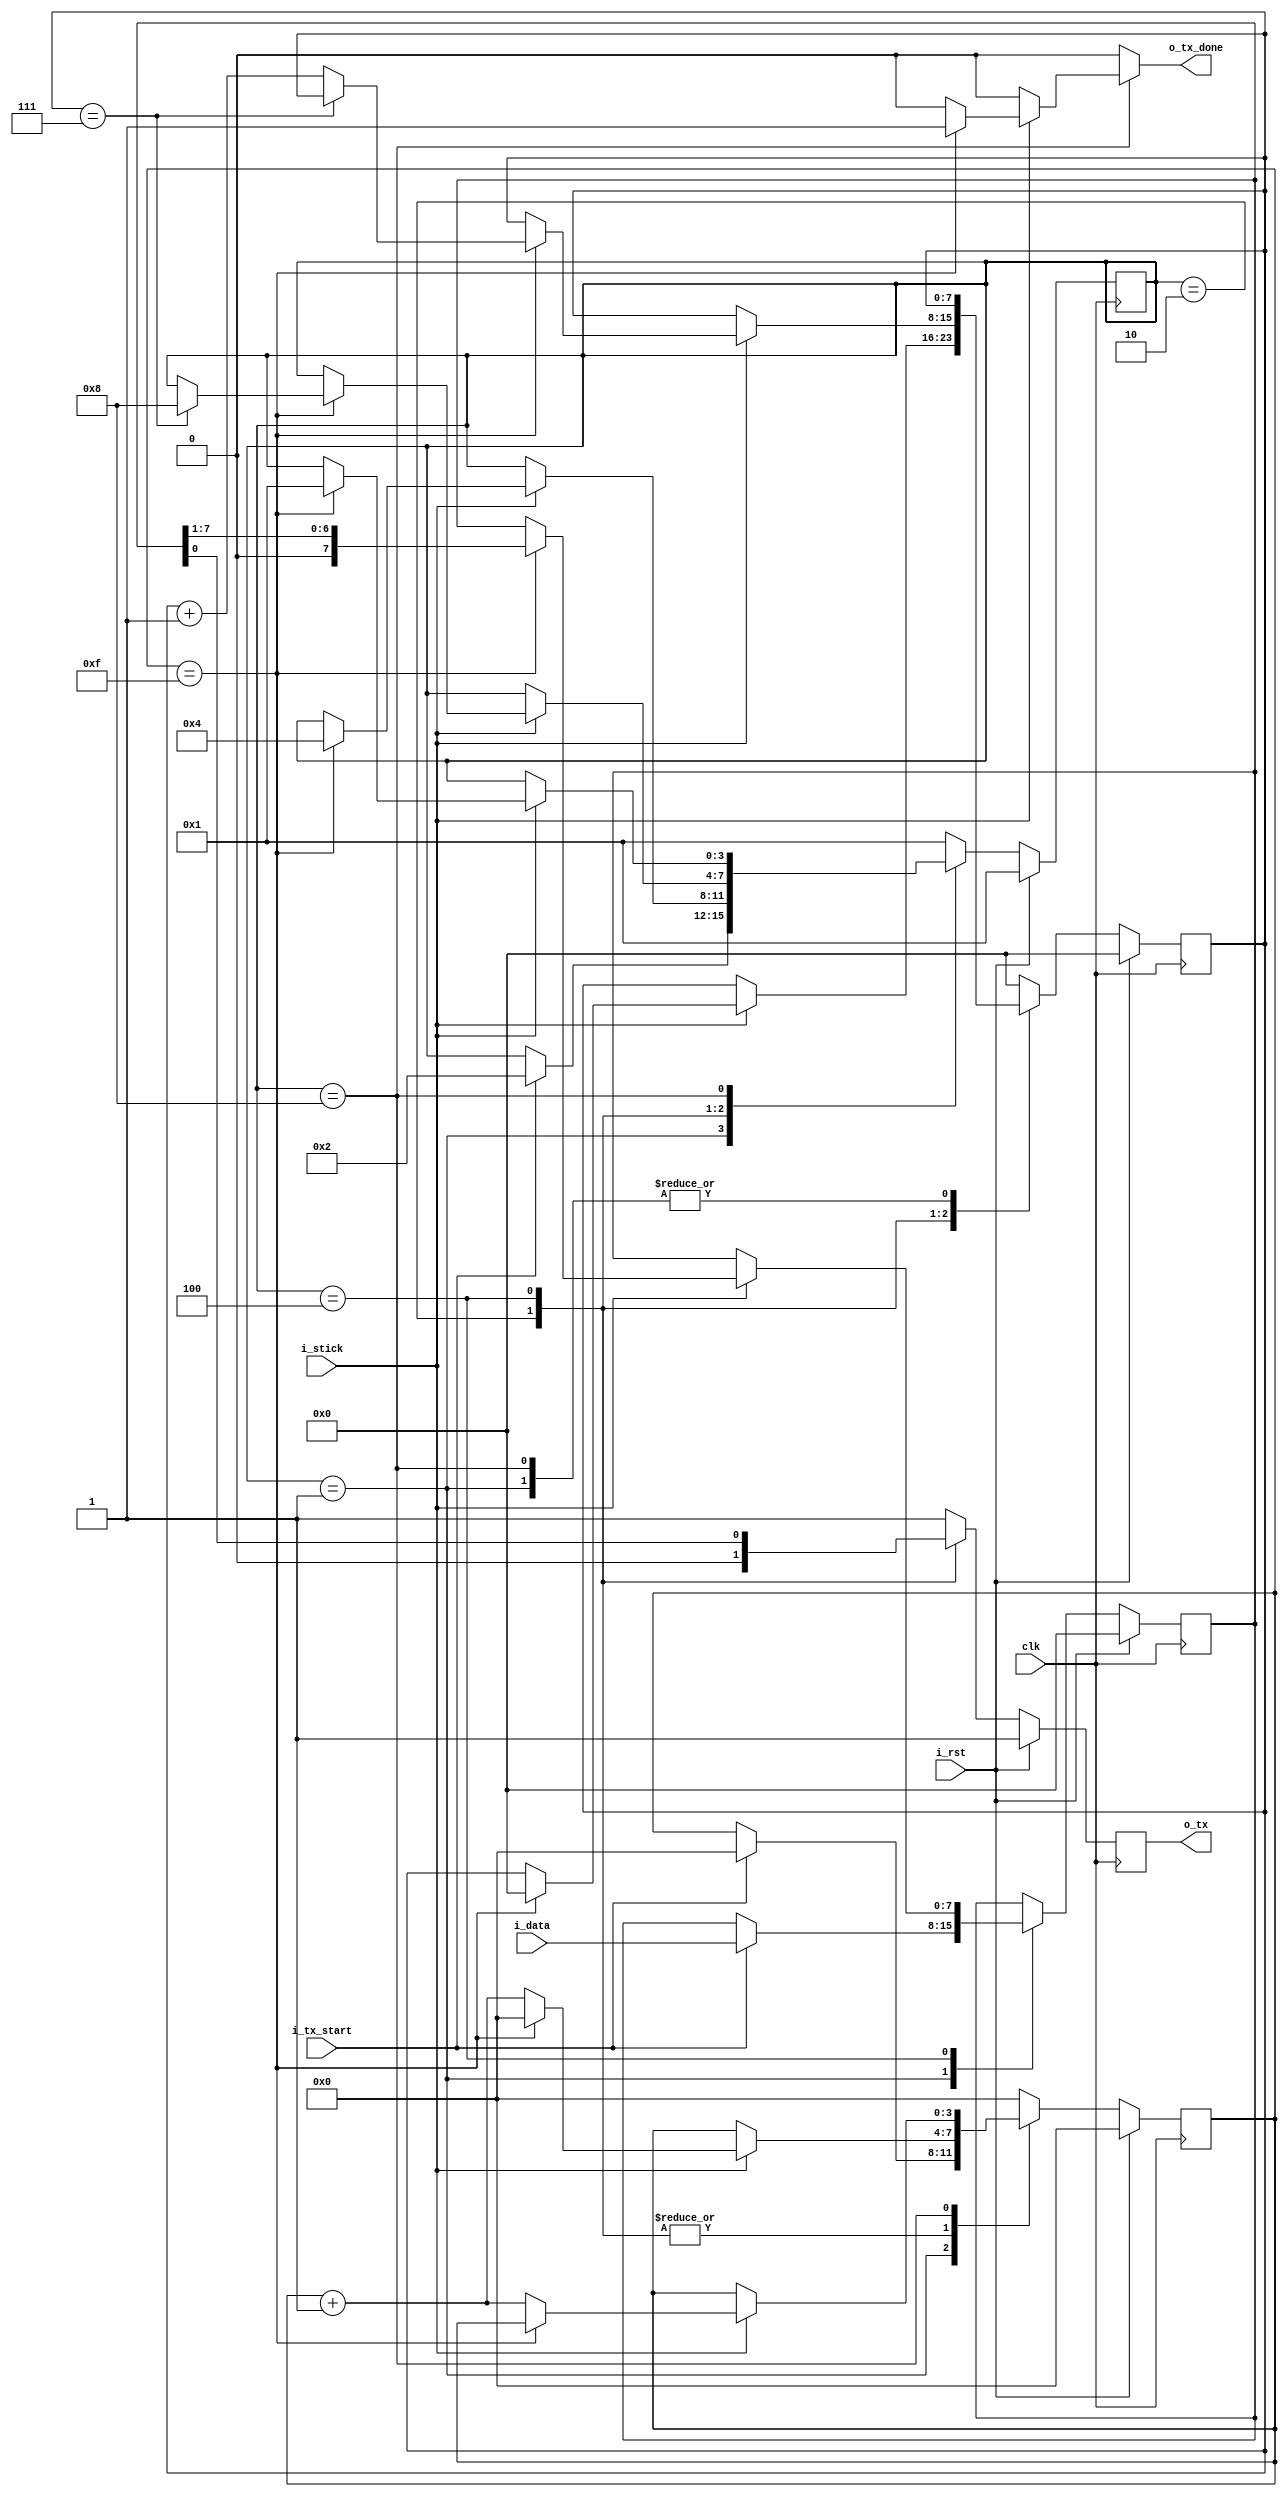
//! @title UART TX
//! @file uart_tx.v
//! @author Felipe Montero Bruni
//! @date 10-2023
//! @version 0.1

module uart_tx #(
    parameter NB_DATA   = 8,                    //! NB of Data reg
    parameter NB_TCOUNT = 4                     //! NB of tick counter reg
) (
    output wire                   o_tx      ,   //! TX data bit output
    output reg                    o_tx_done ,   //! TX done tick output
    input       [NB_DATA - 1 : 0] i_data    ,   //! Data input
    input                         i_tx_start,   //! TX start input      
    input                         i_stick   ,   //! Tick counter input
    input                         i_rst     ,   //! Reset
    input                         clk           //! Clock
);

    localparam NB_STATE = 4;
    
    //! FSMD states
    localparam [NB_STATE - 1 : 0] IDLE  = 4'b0001;
    localparam [NB_STATE - 1 : 0] START = 4'b0010;
    localparam [NB_STATE - 1 : 0] DATA  = 4'b0100;
    localparam [NB_STATE - 1 : 0] STOP  = 4'b1000;
    
    //! Internal Signals
    reg [NB_STATE  - 1 : 0] state_reg;
    reg [NB_STATE  - 1 : 0] next_state;
    
    reg [NB_DATA   - 1 : 0] data_reg;
    reg [NB_DATA   - 1 : 0] data_next;

    reg [NB_TCOUNT - 1 : 0] tick_counter_reg;
    reg [NB_TCOUNT - 1 : 0] tick_counter_next;

    reg [NB_DATA   - 1 : 0] bit_counter_reg;
    reg [NB_DATA   - 1 : 0] bit_counter_next;

    reg                     tx_reg;
    reg                     tx_next;


    //! FSMD state & data registers
    always @(posedge clk) begin
        if (i_rst) begin
            state_reg        <= IDLE;
            data_reg         <= {NB_DATA{1'b0}};
            tick_counter_reg <= {NB_TCOUNT{1'b0}};
            bit_counter_reg  <= {NB_DATA{1'b0}};
            tx_reg           <= 1'b1;
        end
        else begin
            state_reg        <= next_state;
            data_reg         <= data_next;
            tick_counter_reg <= tick_counter_next;
            bit_counter_reg  <= bit_counter_next;
            tx_reg           <= tx_next;
        end
    end


    always @(*) begin
        o_tx_done         = 1'b0;
        next_state        = state_reg;
        data_next         = data_reg;
        tick_counter_next = tick_counter_reg;
        bit_counter_next  = bit_counter_reg;
        tx_next           = tx_reg;

        case (state_reg)
            IDLE: begin
                tx_next = 1'b1;
                if (i_tx_start) begin
                    next_state        = START;
                    tick_counter_next = {NB_TCOUNT{1'b0}};
                    data_next         = i_data;
                end
            end
            START: begin
                tx_next = 1'b0;
                if (i_stick) begin
                    if (tick_counter_reg == 4'b1111) begin
                        next_state        = DATA;
                        tick_counter_next = {NB_TCOUNT{1'b0}};
                        bit_counter_next  = {NB_DATA{1'b0}};
                    end
                    else
                        tick_counter_next = tick_counter_reg + 1'b1;
                end
            end
            DATA: begin
                tx_next = data_reg[0];
                if (i_stick) begin
                    if (tick_counter_reg == 4'b1111) begin
                        tick_counter_next = {NB_TCOUNT{1'b0}};
                        data_next         = data_reg >> 1;
                        if (bit_counter_reg == 3'b111)
                            next_state = STOP;
                        else
                            bit_counter_next = bit_counter_reg + 1'b1;
                    end
                    else
                        tick_counter_next = tick_counter_reg + 1'b1;
                end
            end
            STOP: begin
                tx_next = 1'b1;
                if (i_stick) begin
                    if (tick_counter_reg == 4'b1111) begin
                        next_state = IDLE;
                        o_tx_done  = 1'b1;
                    end
                    else
                        tick_counter_next = tick_counter_reg + 1'b1;
                end
            end
            default: begin
                next_state        = IDLE;
                tx_next           = 1'b1;
                tick_counter_next = {NB_TCOUNT{1'b0}};
                bit_counter_next  = {NB_DATA{1'b0}};
            end
        endcase
    end

    assign o_tx = tx_reg;
    
endmodule